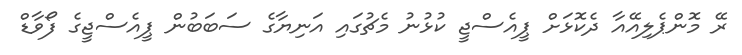
ރޭ މޮންޕެލިއޭއާ ދެކޮޅަށް ޕީއެސްޖީ ކުޅުނު މެޗުގައި އަނިޔާގެ ސަބަބުން ޕީއެސްޖީގެ ފޯވާޑް